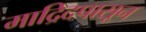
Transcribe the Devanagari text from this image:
माद्रिदपासून